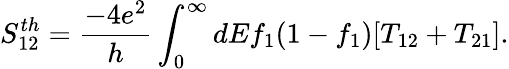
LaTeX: S_{12}^{th}=\frac{-4e^{2}}{h}\int_{0}^{\infty}dEf_{1}(1-f_{1})[T_{12}+T_{21}].